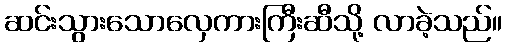
ဆင်းသွားသောလှေကားကြီးဆီသို့ လာခဲ့သည်။